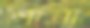
শানা